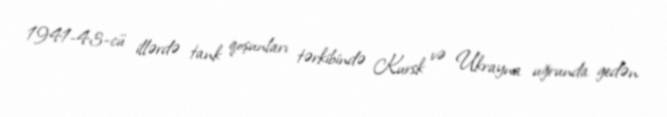
1941-43-cü illərdə tank qoşunları tərkibində Kursk və Ukrayna uğrunda gedən